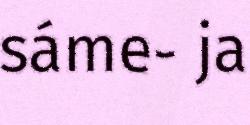
sáme- ja